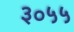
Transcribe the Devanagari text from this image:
३०५५